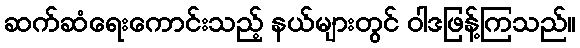
ဆက်ဆံရေးကောင်းသည့် နယ်များတွင် ဝါဒဖြန့်ကြသည်။